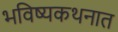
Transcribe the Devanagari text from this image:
भविष्यकथनात